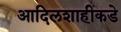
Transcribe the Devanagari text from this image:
आदिलशाहीकडे